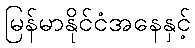
မြန်မာနိုင်ငံအနေနှင့်